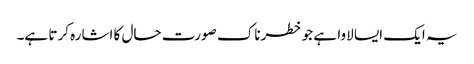
یہ ایک ایسا لاوا ہے جو خطرناک صورت حال کا اشارہ کرتا ہے۔